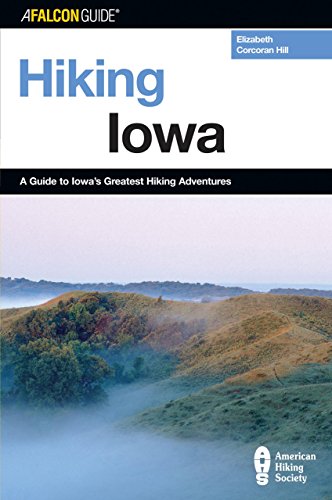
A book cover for Hiking Iowa: A Guide To Iowa's Greatest Hiking Adventures (State Hiking Guides Series); Elizabeth Hill; Travel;